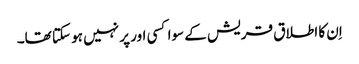
اِن کا اطلاق قریش کے سوا کسی اور پر نہیں ہو سکتا تھا۔